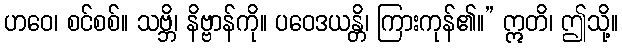
ဟဝေ၊ စင်စစ်။ သဗ္ဘိ၊ နိဗ္ဗာန်ကို။ ပဝေဒယန္တိ၊ ကြားကုန်၏။” ဣတိ၊ ဤသို့။